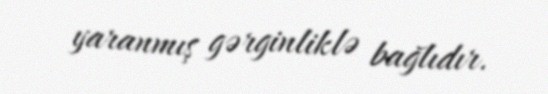
yaranmış gərginliklə bağlıdır.